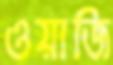
ওয়াজি